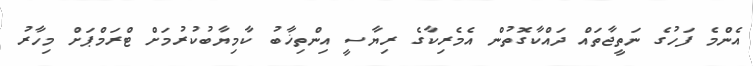
އެންމެ ފަހުގެ ނަތީޖާތައް ދައްކާގޮތުން އެމެރިކާގެ ރިޔާސީ އިންތިޚާބު ކާމިޔާބުކުރުމަށް ޓްރަމްޕަށް މިހާރު